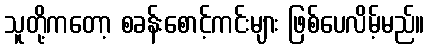
သူတို့ကတော့ စခန်းစောင့်ကင်းများ ဖြစ်ပေလိမ့်မည်။